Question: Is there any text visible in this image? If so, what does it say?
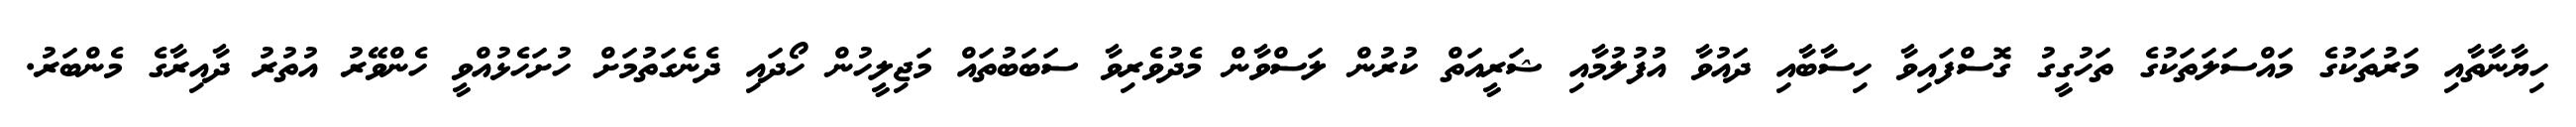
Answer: ހިޔާނާތާއި މަރުތަކުގެ މައްސަލަތަކުގެ ތަހުގީގު ގޮސްފައިވާ ހިސާބާއި ދައުވާ އުފުލުމާއި ޝަރީއަތް ކުރުން ލަސްވާން މެދުވެރިވާ ސަބަބުތައް މަޖިލީހުން ހޯދައި ދެނެގަތުމަށް ހުށަހެޅުއްވީ ހެންވޭރު އުތުރު ދާއިރާގެ މެންބަރު.